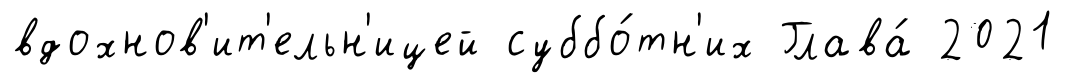
вдохнов'ит'ельн'ицей суббо́тн'их Глава́ 2021